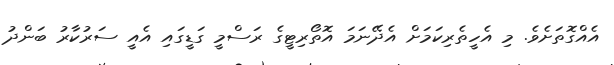
އެއްގޮތަށެވެ. މި އެހީތެރިކަމަށް އެދޭނަމަ އޮތޯރިޓީގެ ރަސްމީ ގަޑީގައި އެއީ ސަރުކާރު ބަންދު